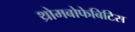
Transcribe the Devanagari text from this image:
थ्रोमबोफेबिटिस